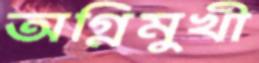
অগ্নিমুখী